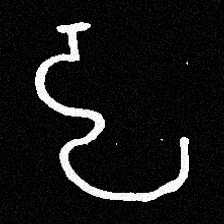
Pyu character \u2014 Myanmar letter: ဠ (romanized: lla)